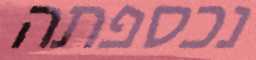
נכספתה